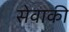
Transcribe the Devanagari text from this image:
सेवाकी